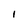
Character: I